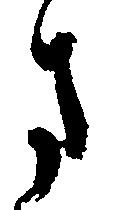
ま